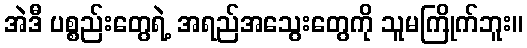
အဲဒီ ပစ္စည်းတွေရဲ့ အရည်အသွေးတွေကို သူမကြိုက်ဘူး။